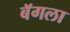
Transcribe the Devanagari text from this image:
बॅगला